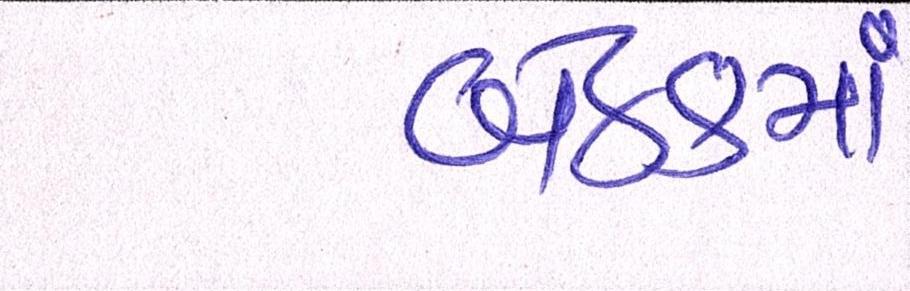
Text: બેઠકમાં